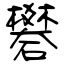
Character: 礬